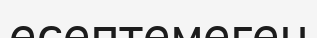
есептемеген